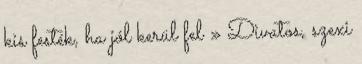
kis festék, ha jól kerül fel » Divatos, szexi